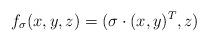
LaTeX: \begin{align*}f_\sigma(x,y,z)=(\sigma\cdot(x,y)^T,z)\end{align*}